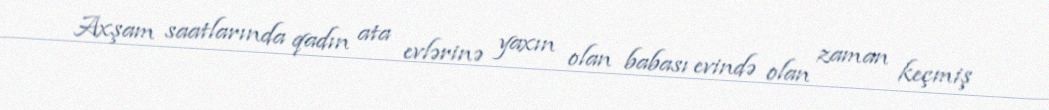
Axşam saatlarında qadın ata evlərinə yaxın olan babası evində olan zaman keçmiş